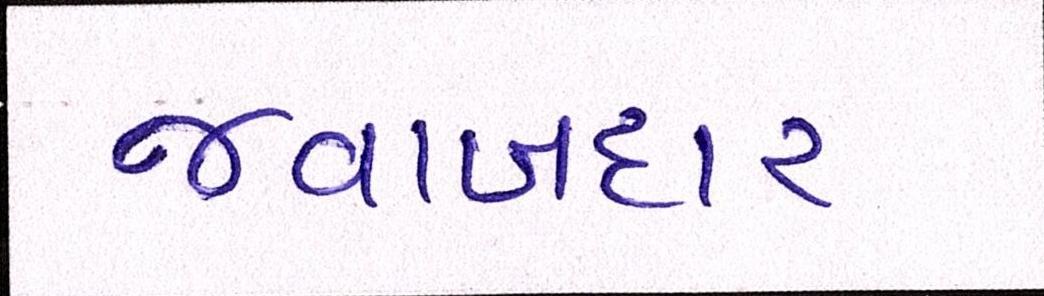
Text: જવાબદાર